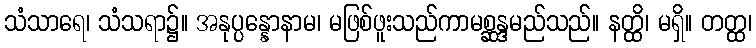
သံသာရေ၊ သံသရာ၌။ အနုပ္ပန္နောနာမ၊ မဖြစ်ဖူးသည်ကာမစ္ဆန္ဒမည်သည်။ နတ္ထိ၊ မရှိ။ တတ္ထ၊